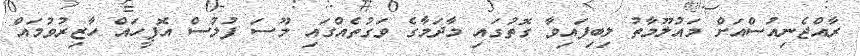
ރާއްޖެނިއުސްއަށް މައުލޫމާތު ލިބިފައިވާ ގޮތުގައި މާދަމާގެ ވަގުތެއްގައި މޫސަ ފުލުސް އޮފީހައް ހާޒިރުވުމައް